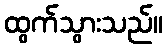
ထွက်သွားသည်။